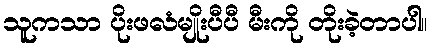
သူကသာ ပိုးဖလံမျိုးပီပီ မီးကို တိုးခဲ့တာပါ။